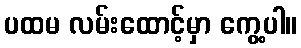
ပထမ လမ်းထောင့်မှာ ကွေ့ပါ။